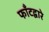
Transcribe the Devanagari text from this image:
फाँटद्वारे